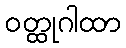
ဝတ္ထုဂါထာ